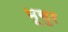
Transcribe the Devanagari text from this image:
भूसुर